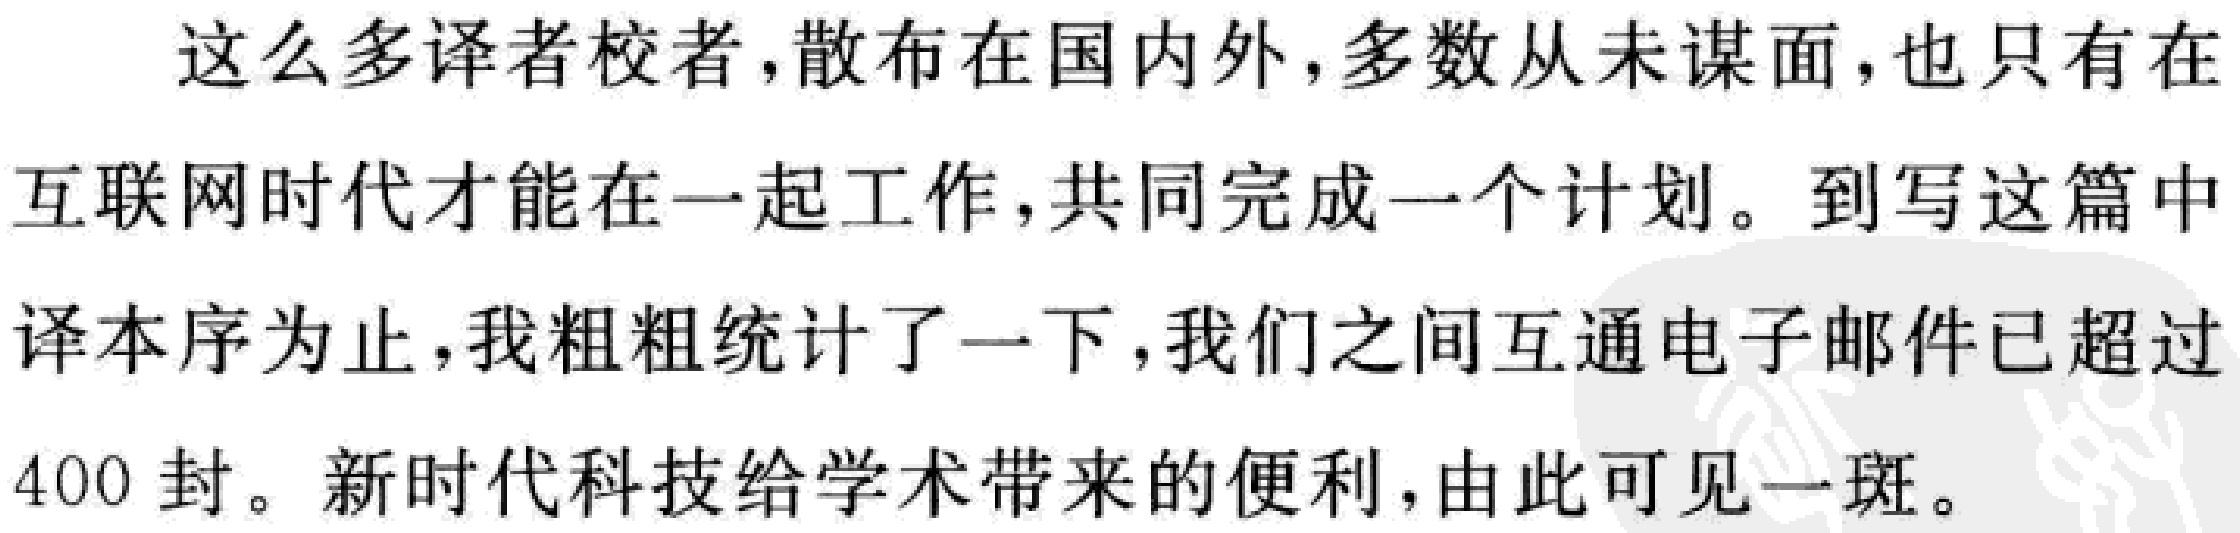
这么多译者校者，散布在国内外，多数从未谋面，也只有在
互联网时代才能在一起工作，共同完成一个计划。到写这篇中
译本序为止，我粗粗统计了一下，我们之间互通电子邮件已超过
400 封。新时代科技给学术带来的便利，由此可见一斑。